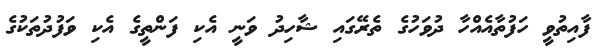
ފާއިތުވީ ހަފުތާއެއްހާ ދުވަހުގެ ތެރޭގައި ޝާހިދު ވަނީ އެކި ފަންތީގެ އެކި ވަފުދުތަކުގެ